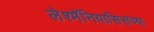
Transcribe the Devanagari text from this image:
लेश्मॅनियासिसच्या